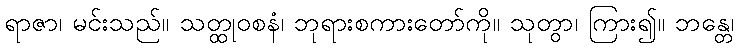
ရာဇာ၊ မင်းသည်။ သတ္ထုဝစနံ၊ ဘုရားစကားတော်ကို။ သုတွာ၊ ကြား၍။ ဘန္တေ၊